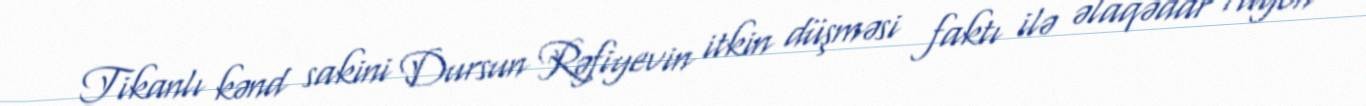
Tikanlı kənd sakini Dursun Rəfiyevin itkin düşməsi faktı ilə əlaqədar rayon